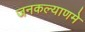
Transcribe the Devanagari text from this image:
जनकल्याणमे